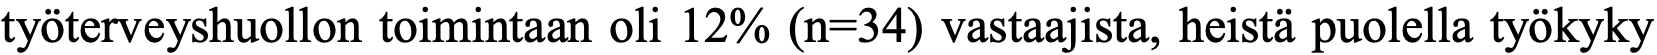
työterveyshuollon toimintaan oli 12% (n=34) vastaajista, heistä puolella työkyky